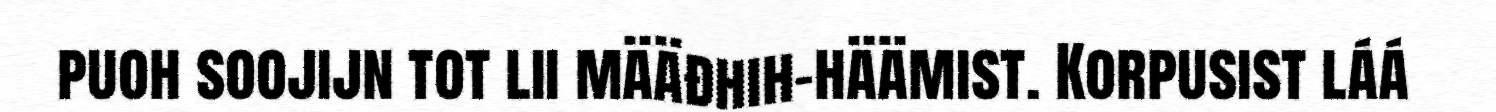
puoh soojijn tot lii määđhih-häämist. Korpusist láá